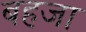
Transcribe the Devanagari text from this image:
बहजा